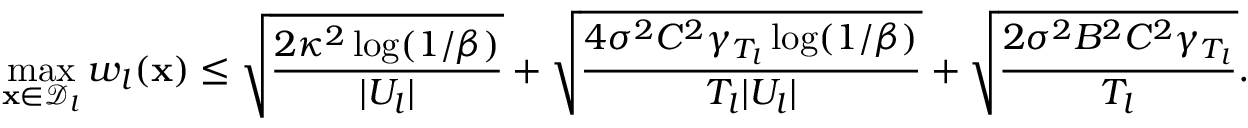
\operatorname* { m a x } _ { \mathbf { x } \in \mathcal { D } _ { l } } w _ { l } ( \mathbf { x } ) \leq \sqrt { \frac { 2 \kappa ^ { 2 } \log ( 1 / \beta ) } { | U _ { l } | } } + \sqrt { \frac { 4 \sigma ^ { 2 } C ^ { 2 } \gamma _ { T _ { l } } \log ( 1 / \beta ) } { T _ { l } | U _ { l } | } } + \sqrt { \frac { 2 \sigma ^ { 2 } B ^ { 2 } C ^ { 2 } \gamma _ { T _ { l } } } { T _ { l } } } .